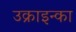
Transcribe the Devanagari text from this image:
उक्राइन्का